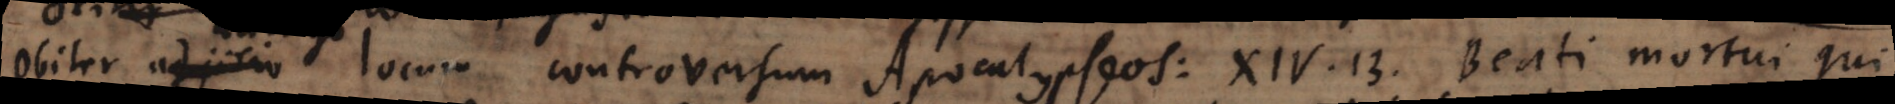
Obiter locum controversum Apocalypseos: XIV. 13. Beati mortui qui